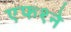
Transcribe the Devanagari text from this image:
एफ१ने